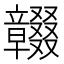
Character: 𥫓